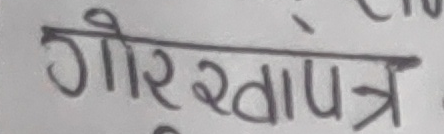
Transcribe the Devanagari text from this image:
गौरखापत्र